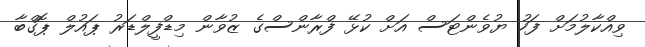
ވިއްކާލުމަށް ފަހު ޔުވެންޓަސް އަށް ކުޅޭ ފްރާންސްގެ ޒުވާން މިޑްފީލްޑަރު ޕައުލް ޕޮގްބާ